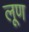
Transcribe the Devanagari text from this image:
लूण